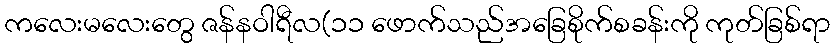
ကလေးမလေးတွေ ဇန်နဝါရီလ(၁၁ ဖောက်သည်အခြေစိုက်စခန်းကို ကုတ်ခြစ်ရာ